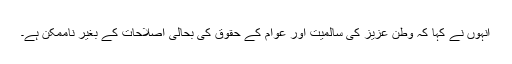
انہوں نے کہا کہ وطن عزیز کی سالمیت اور عوام کے حقوق کی بحالی اصلاحات کے بغیر ناممکن ہے۔